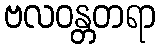
ဗလဝန္တတရာ